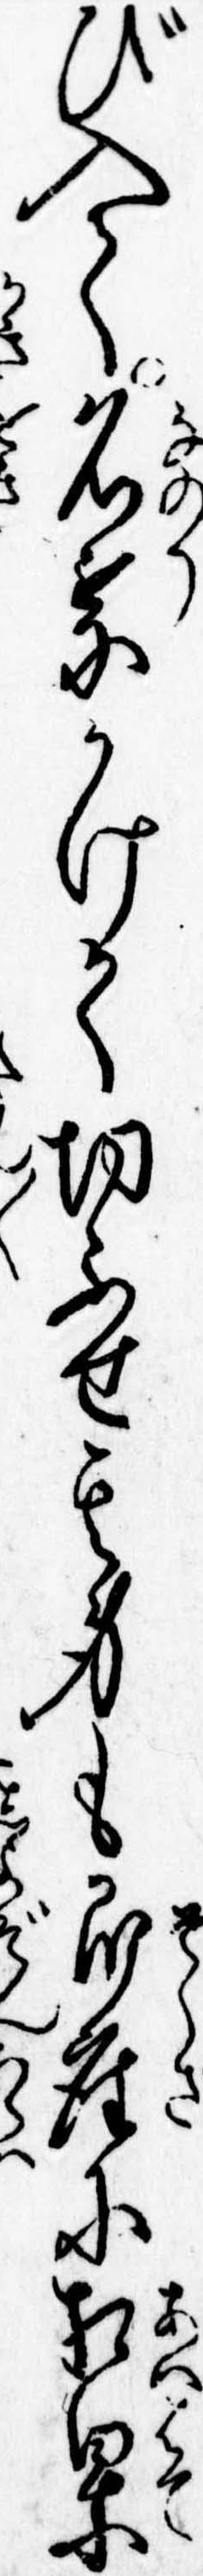
び入て名乗かけて切ふせ其身も即座に相果